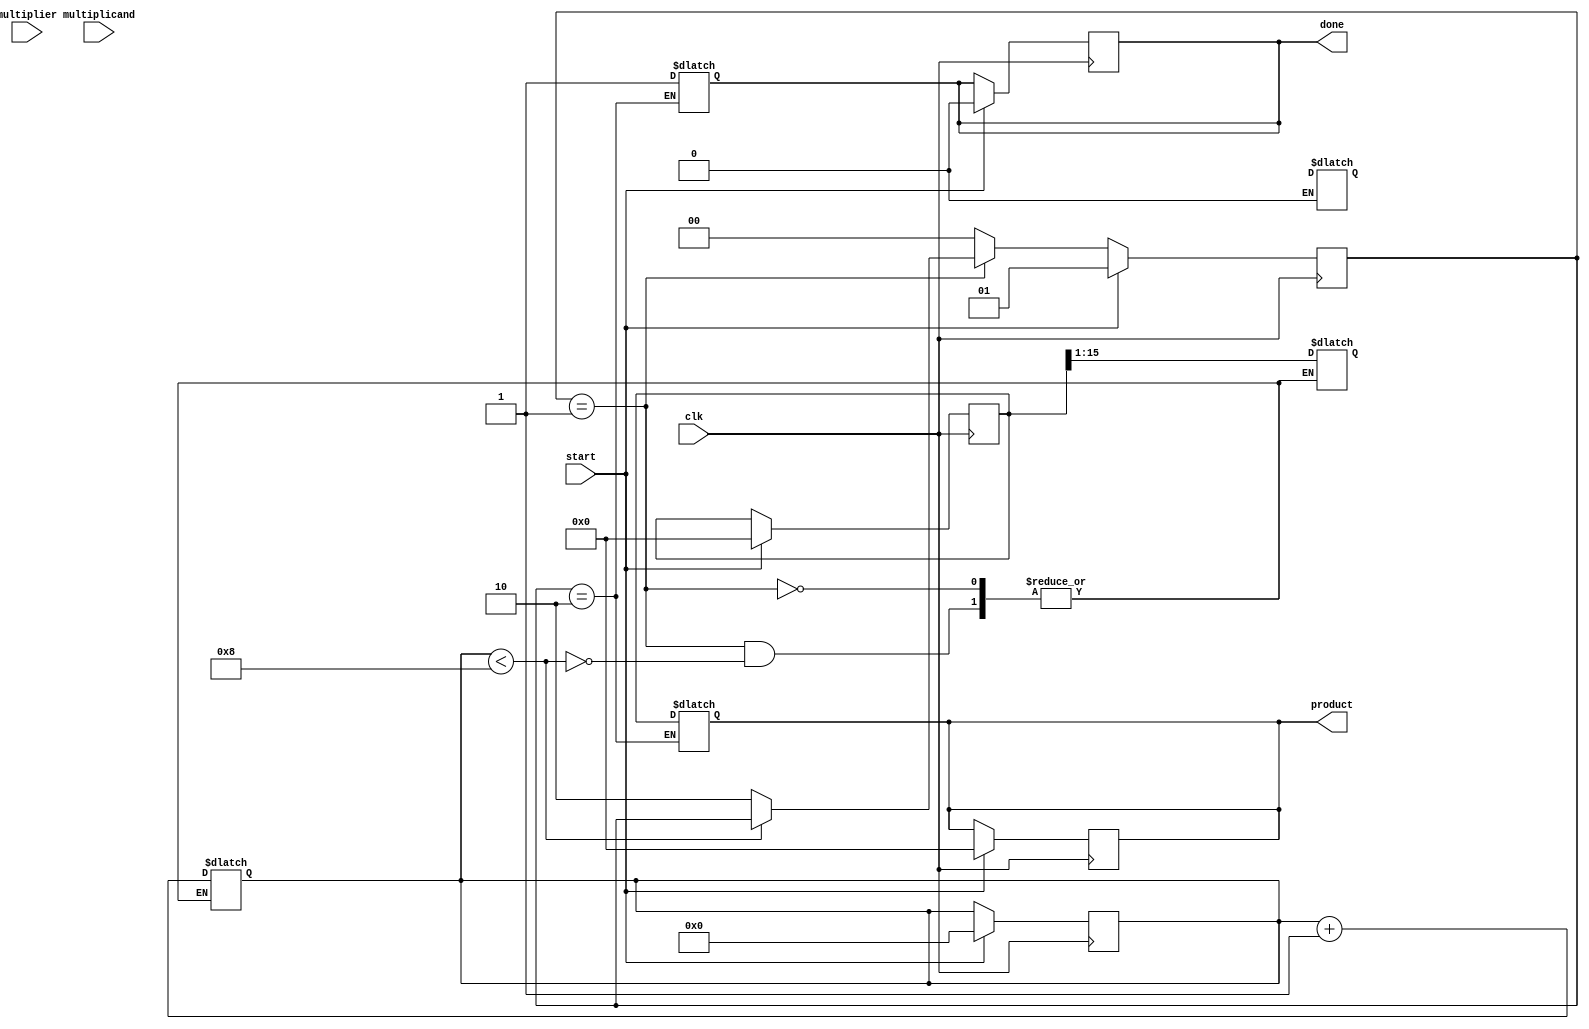
module modified_booth_multiplier #(parameter N = 8) (
    input wire clk,
    input wire start,
    input wire signed [N-1:0] multiplicand,
    input wire signed [N-1:0] multiplier,
    output reg signed [2*N-1:0] product,
    output reg done
);

    reg [N-1:0] M; // multiplicand
    reg [N-1:0] Q; // multiplier
    reg [N:0] Q_1; // Q-1 for Booth encoding
    reg [2*N-1:0] A; // accumulator
    reg [3:0] count; // counter for the number of bits processed

    // States for FSM
    parameter IDLE = 2'b00, PROCESS = 2'b01, DONE = 2'b10;
    reg [1:0] state, next_state;

    // Booth encoding logic
    always @(posedge clk) begin
        if (start) begin
            M <= multiplicand;
            Q <= multiplier;
            Q_1 <= 1'b0; // Initialize Q-1 to 0
            A <= 0; // Initialize accumulator to 0
            count <= 0; // Reset count
            product <= 0; // Reset product
            state <= PROCESS; // Move to processing state
            done <= 0; // Not done yet
        end else begin
            state <= next_state;
        end
    end

    // FSM for processing the multiplication
    always @(*) begin
        next_state = state;
        case (state)
            PROCESS: begin
                if (count < N) begin
                    case ({Q[0], Q_1}) // Current bit and Q-1
                        2'b00: begin
                            // No addition, just shift
                            A <= A; // No change to A
                        end
                        2'b01: begin
                            // Add multiplicand
                            A <= A + {M, {N{1'b0}}}; // Shift left multiplicand
                        end
                        2'b10: begin
                            // Subtract multiplicand
                            A <= A - {M, {N{1'b0}}}; // Shift left multiplicand
                        end
                        2'b11: begin
                            // No addition, just shift
                            A <= A; // No change to A
                        end
                    endcase

                    // Right shift A and Q
                    {A, Q} <= {A[2*N-1], A[2*N-1:1], Q}; // Shift A and Q
                    Q_1 <= Q[0]; // Update Q-1 to the current Q[0]
                    count <= count + 1; // Increment count
                end else begin
                    next_state = DONE; // Move to done state
                end
            end
            DONE: begin
                product <= A; // Final product
                done <= 1; // Set done flag
                next_state = IDLE; // Reset state
            end
            default: next_state = IDLE; // Default to IDLE
        endcase
    end

endmodule